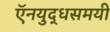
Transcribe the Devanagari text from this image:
ऍनयुद्धसमयी